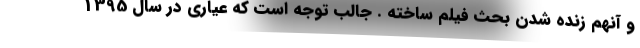
و آنهم زنده شدن بحث فيلم ساخته . جالب توجه است که عياري در سال 1395